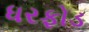
ધરફોડ